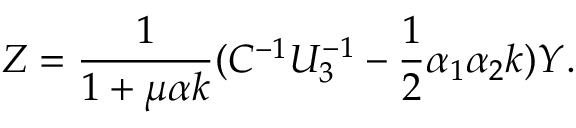
Z = { \frac { 1 } { 1 + \mu \alpha k } } ( C ^ { - 1 } U _ { 3 } ^ { - 1 } - { \frac { 1 } { 2 } } \alpha _ { 1 } \alpha _ { 2 } k ) Y .